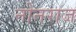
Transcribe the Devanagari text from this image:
नोनराज